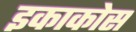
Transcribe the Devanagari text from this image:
इकाकोस